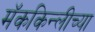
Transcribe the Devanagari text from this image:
मॅककिन्लीच्या